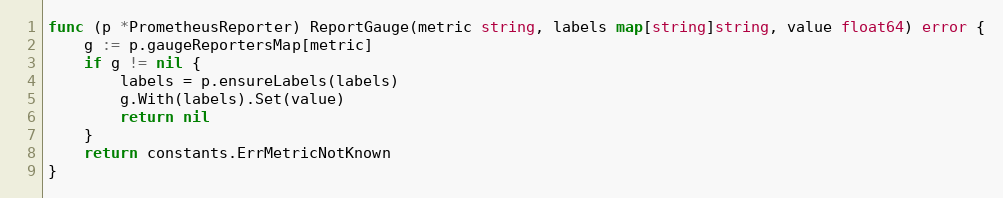
Language: Go
func (p *PrometheusReporter) ReportGauge(metric string, labels map[string]string, value float64) error {
	g := p.gaugeReportersMap[metric]
	if g != nil {
		labels = p.ensureLabels(labels)
		g.With(labels).Set(value)
		return nil
	}
	return constants.ErrMetricNotKnown
}